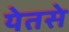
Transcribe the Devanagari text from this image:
येतसे